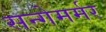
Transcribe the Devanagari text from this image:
सन्गेमर्मर